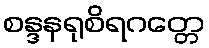
စန္ဒနရုစိရဂတ္တေ